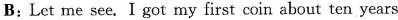
B:Let me see. I got my first coin about ten years